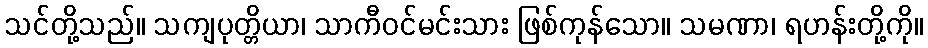
သင်တို့သည်။ သကျပုတ္တိယာ၊ သာကီဝင်မင်းသား ဖြစ်ကုန်သော။ သမဏာ၊ ရဟန်းတို့ကို။